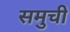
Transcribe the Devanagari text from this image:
समुची